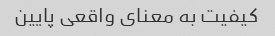
کیفیت به معنای واقعی پایین